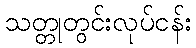
သတ္တုတွင်းလုပ်ငန်း